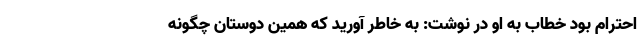
احترام بود خطاب به او در نوشت: به خاطر آورید که همین دوستان چگونه